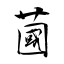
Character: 蔮